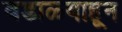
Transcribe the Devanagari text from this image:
वडाळ्याहून